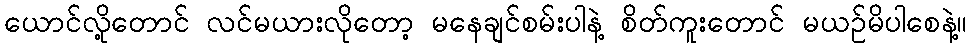
ယောင်လို့တောင် လင်မယားလိုတော့ မနေချင်စမ်းပါနဲ့ စိတ်ကူးတောင် မယဉ်မိပါစေနဲ့။